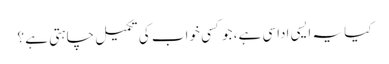
کیا یہ ایسی اداسی ہے، جو کسی خواب کی تکمیل چاہتی ہے ؟